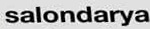
salondarya